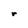
Character: r